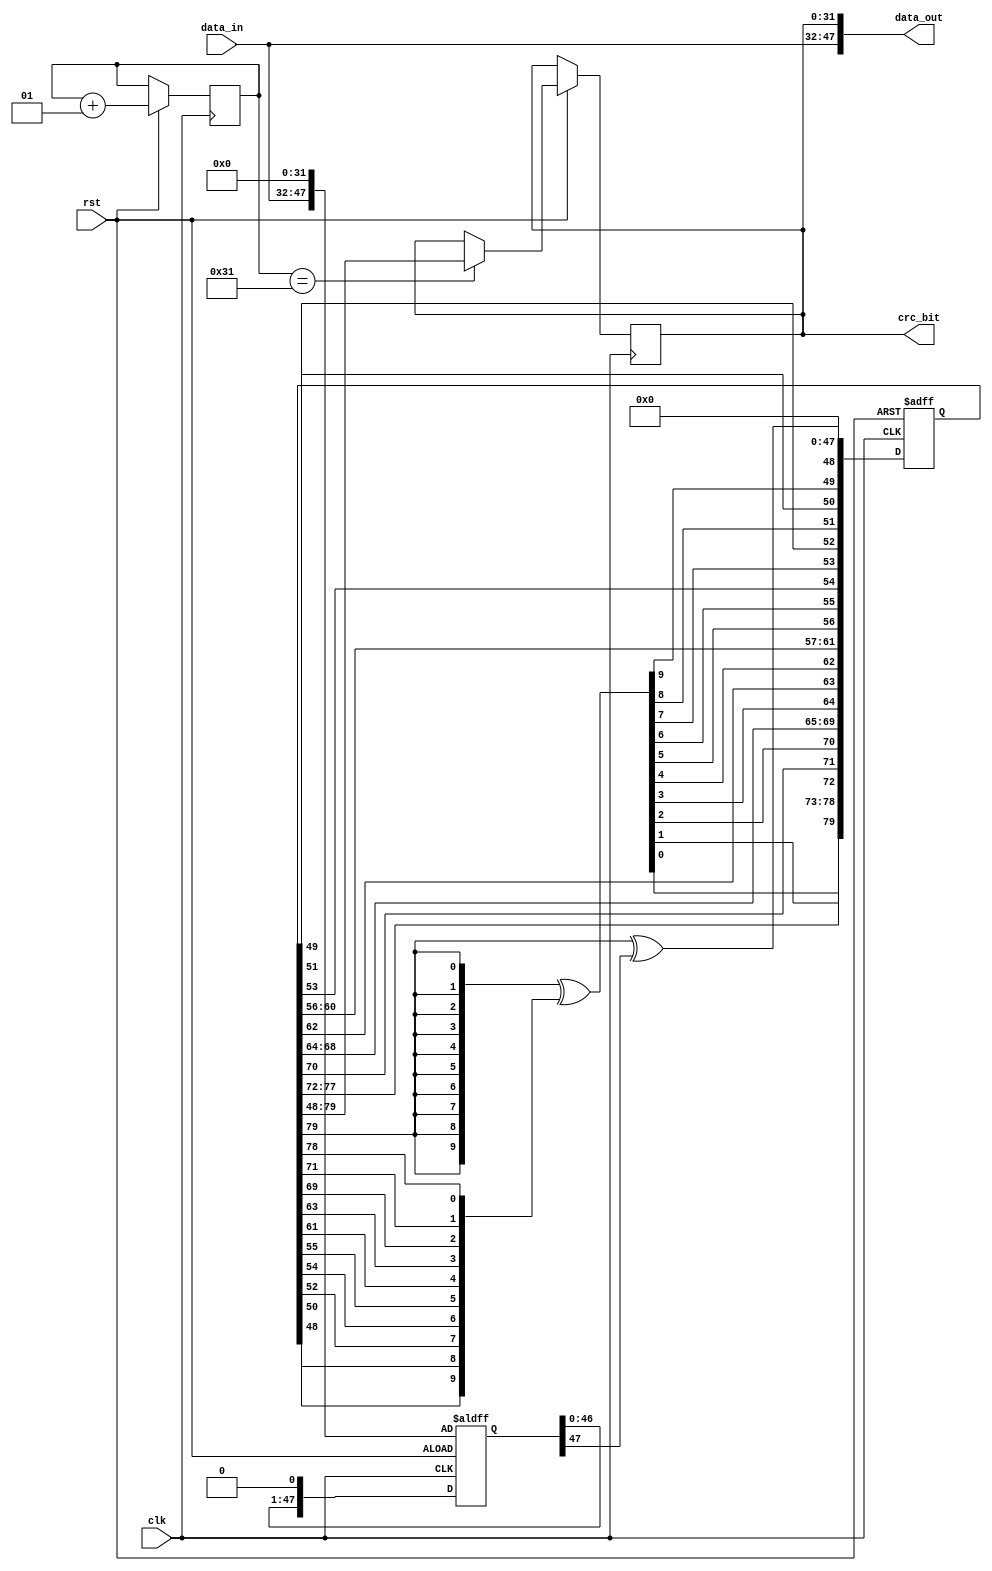
`timescale 1ns/1ns

module CRC_32_gen(clk,rst,data_in,data_out,crc_bit);

input clk;
input rst;
input [15:0]data_in;

output [47:0]data_out; // 16+32
output reg [31:0]crc_bit;

reg [79:0]crc_t; // 32*2+16
reg [47:0]reg_d;

wire line;
wire [9:0]tmp;

assign line = crc_t[79] ^ reg_d[47];
assign tmp = {10{crc_t[79]}}^{crc_t[48],crc_t[50],crc_t[52],crc_t[54],crc_t[55],crc_t[61],crc_t[63],crc_t[69],crc_t[71],crc_t[78]};

integer i = 1;

always@ (posedge clk or negedge rst) begin
	if(~rst) begin
		crc_t = 80'h0;
		reg_d <= {data_in,32'b0};
	end
	else begin
		crc_t <= {tmp[0],crc_t[77:72],tmp[1],crc_t[70],tmp[2],crc_t[68:64],tmp[3],crc_t[62],tmp[4],crc_t[60:56],tmp[5],tmp[6],crc_t[53],tmp[7],crc_t[51],tmp[8],crc_t[49],tmp[9],line,48'b0};
		i <= i + 1;
		reg_d <= reg_d << 1;

		if(i == 49) begin
			crc_bit <= crc_t[79:48];
		end
	end
end


assign data_out = {data_in, crc_bit};


endmodule

module tb_crc_32();

reg clk = 1'b0;
reg rst = 1'b0;
reg [15:0]data_in;

wire [47:0]data_out;
wire [31:0]crc_bit;

CRC_32_gen crc0(clk,rst,data_in,data_out,crc_bit);

always #5 clk = ~clk;

initial begin

data_in = 16'b110000101100001;
#20
rst = 1'b1;
#5
rst = 1'b0;
#20
rst = 1'b1;

end

endmodule